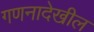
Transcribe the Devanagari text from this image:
गणनादेखील